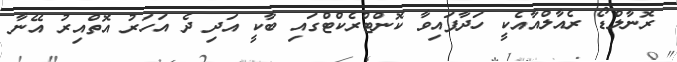
ރޮނާލްޑޯ ރެއާލްއާއެކީ ހަދާފައިވާ ކޮންޓްރެކްޓްގައި ބާކީ އަދި ދެ އަހަރު އޮތްއިރު އޭނާ